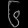
Digit: ၆